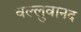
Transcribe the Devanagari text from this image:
वल्लुवानद